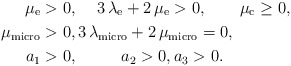
\begin{align*}\mu_{\rm e}&>0, \quad\, 3\,\lambda_{\rm e}+2\,\mu_{\rm e}>0, \qquad\mu_{\rm c}\geq 0,\\\mu_{\rm micro}&>0, 3\,\lambda_{\rm micro}+2\,\mu_{\rm micro}=0, \\ a_1&>0, \qquad\ \ a_2>0, a_3> 0.\end{align*}